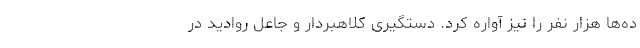
ده‌ها هزار نفر را نیز آواره کرد. دستگیری کلاهبردار و جاعل روادید در